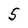
Character: 5